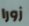
زورا